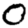
Digit: 0